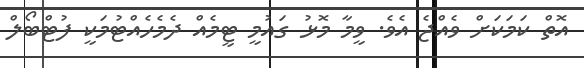
އޮތް ކަމަކަށް ވެއްޖެ އެވެ. ވީމާ މޮޅު ގައުމީ ޓީމެއް ދެމެހެއްޓުމަކީ ފުޓްބޯލް